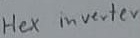
Text: Hex inverter